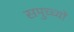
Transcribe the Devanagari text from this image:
समुच्च्यों